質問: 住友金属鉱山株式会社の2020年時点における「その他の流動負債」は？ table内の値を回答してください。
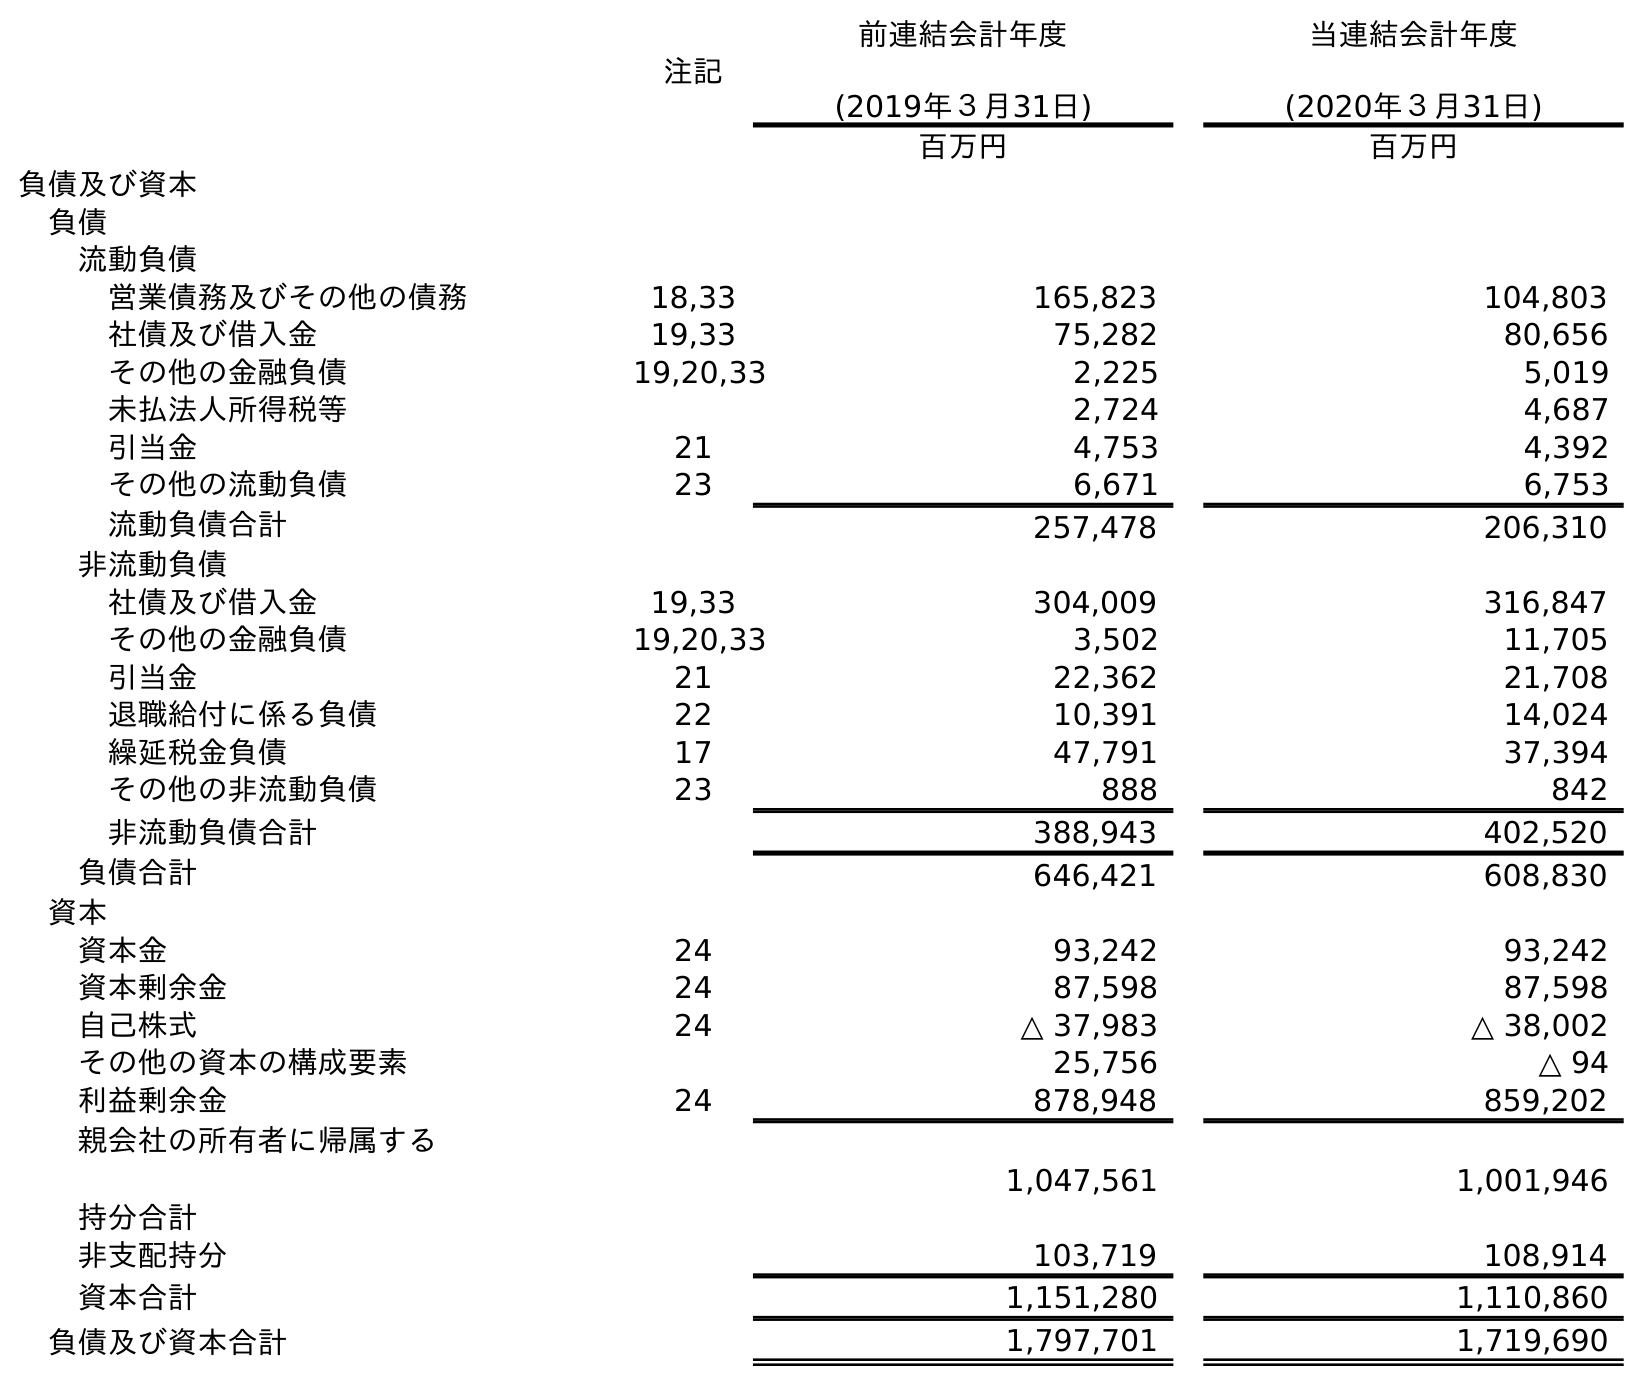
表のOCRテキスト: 注記 前連結会計年度 (2019年３月31日) 当連結会計年度 (2020年３月31日) 百万円 百万円 負債及び資本 負債 流動負債 営業債務及びその他の債務 18,33 165,823 104,803 社債及び借入金 19,33 75,282 80,656 その他の金融負債 19,20,33 2,225 5,019 未払法人所得税等 2,724 4,687 引当金 21 4,753 4,392 その他の流動負債 23 6,671 6,753 流動負債合計 257,478 206,310 非流動負債 社債及び借入金 19,33 304,009 316,847 その他の金融負債 19,20,33 3,502 11,705 引当金 21 22,362 21,708 退職給付に係る負債 22 10,391 14,024 繰延税金負債 17 47,791 37,394 その他の非流動負債 23 888 842 非流動負債合計 388,943 402,520 負債合計 646,421 608,830 資本 資本金 24 93,242 93,242 資本剰余金 24 87,598 87,598 自己株式 24 △ 37,983 △ 38,002 その他の資本の構成要素 25,756 △ 94 利益剰余金 24 878,948 859,202 親会社の所有者に帰属する 持分合計 1,047,561 1,001,946 非支配持分 103,719 108,914 資本合計 1,151,280 1,110,860 負債及び資本合計 1,797,701 1,719,690
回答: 6,753